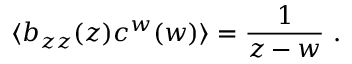
\langle b _ { z z } ( z ) c ^ { w } ( w ) \rangle = \frac { 1 } { z - w } \ .